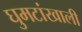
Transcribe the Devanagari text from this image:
घुमटांखाली